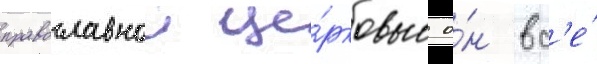
православнои це́рковью о́н вс'е́